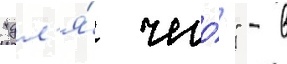
"дл'я́ чего́?" - в